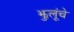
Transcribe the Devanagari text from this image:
झुलूंचे